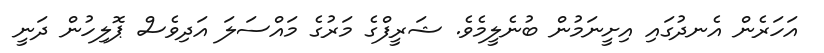
އަހަރެން އެނދުގައި އިށީނަމުން ބުނެލީމެވެ. ޝަރީފްގެ މަރުގެ މައްސަލަ އަދިވެސް ޕޮލިހުން ދަނީ